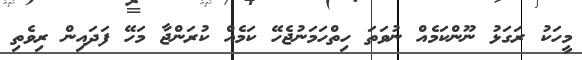
މީހަކު ރަގަޅު ނޫންކަމެއް ނުވަތަ ހިތްހަމަނުޖެހޭ ކަމެއް ކުރަންޖާ މަހޭ ފަދައިން ރިވެތި